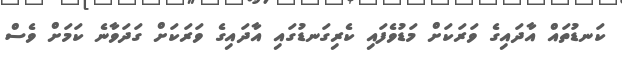
ކަނޑުތައް އާދައިގެ ވަރަކަށް މަޑުވެފައި ކެރިގަނޑުގައި އާދައިގެ ވަރަކަށް ގަދަވާނެ ކަމަށް ވެސް